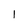
Character: 1